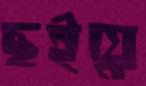
ছইয়ে